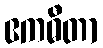
ဧကဓီတာ